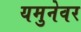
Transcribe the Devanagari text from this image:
यमुनेवर